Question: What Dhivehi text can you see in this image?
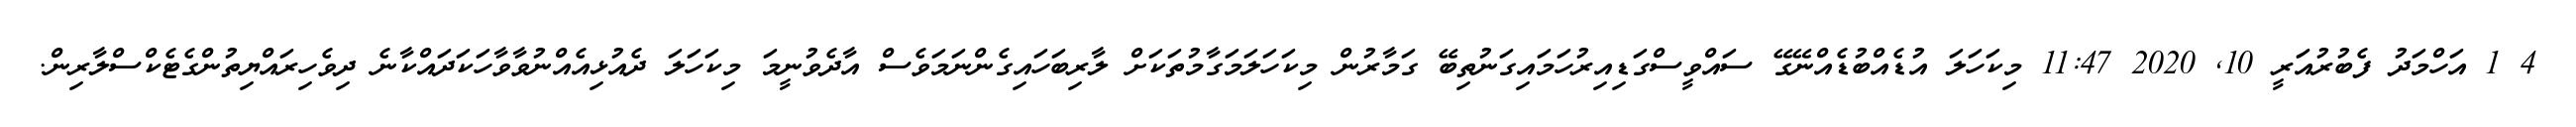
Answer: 4 1 އަހްމަދު ފެބުރުއަރީ 10, 2020 11:47 މިކަހަލަ އުޑެއްބުޑެއްނޭގޭ ސައްވީސްގަޑިއިރުހަމައިގަނުތިބޭ ގަމާރުން މިކަހަލަމަގާމުތަކަށް ލާރިބަހައިގެންނަމަވެސް އާދެވުނީމަ މިކަހަލަ ދެއުޅިއެއްނުވާވާހަކަދައްކާނެ ދިވެހިރައްޔިތުންގެޓެކްސްލާރިން.